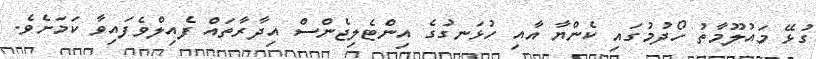
ގުޅޭ މައުލޫމާތު ހޯދުމުގައި ކެންޔާ އާއި ހުޅަނގުގެ އިންޓެލިޖެންސް އިދާރާތައް ފެއިލްވެފައިވާ ކަމަށެވެ.